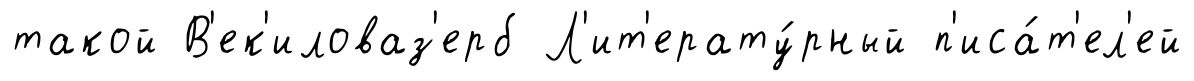
такой В'ек'иловаз'ерб Л'ит'ерату́рный п'иса́т'ел'ей